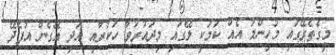
މީގެތެރޭގައި މުހިންމު އެއް ކަމަކީ ލޭގައި މިދައުރުވާ ހަކުރާއި އަދި އޭގެން އުފެދޭ